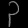
Digit: ၃